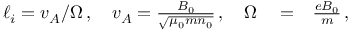
\begin{array} { r l r } { \ell _ { i } = v _ { A } / \Omega \, , \quad v _ { A } = \frac { B _ { 0 } } { \sqrt { \mu _ { 0 } m n _ { 0 } } } \, , \quad \Omega } & { { } = } & { \frac { e B _ { 0 } } { m } \, , } \end{array}